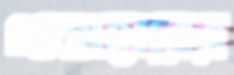
গুনাহারের